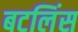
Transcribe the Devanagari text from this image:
बटलिंस